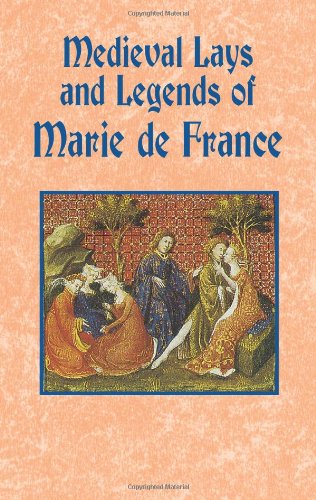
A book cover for Medieval Lays and Legends of Marie de France; Marie de France; Romance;